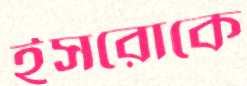
ইসরোকে